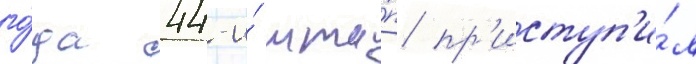
го́да 44-и́ мта́п пр'иступ'и́л